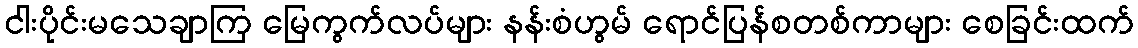
ငါးပိုင်းမသေချာကြ မြေကွက်လပ်များ နန်းစံဟွမ် ရောင်ပြန်စတစ်ကာများ စေခြင်းထက်